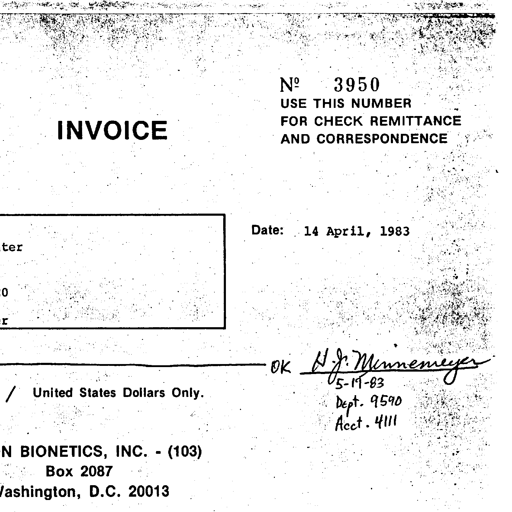
No. 3950
USE THIS NUMBER
FOR CHECK REMITTANCE
AND CORRESPONDENCE
INVOICE
Date: 14 April, 1983
ter
0
r
OK H. J. Minnemeyer
05-19-83
/ United States Dollars Only
Dept. 9590
Acct. 4111
N BIONETICS, INC. - (103)
Box 2087
Washington, D.C. 20013